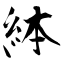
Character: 絊